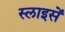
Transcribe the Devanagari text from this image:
स्लाइसें